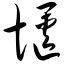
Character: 惬